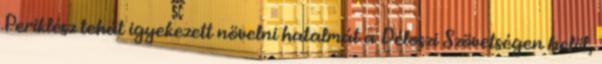
Periklész tehát igyekezett növelni hatalmát a Déloszi Szövetségen belül,